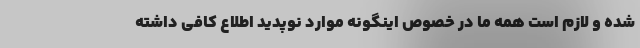
شده و لازم است همه ما در خصوص اینگونه موارد نوپدید اطلاع کافی داشته